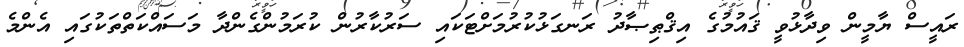
ރައީސް ޔާމީން ވިދާޅުވީ ޤައުމުގެ އިޤްޠިޞާދު ރަނގަޅުކުރުމަށްޓަކައި ސަރުކާރުން ކުރަމުންގެންދާ މަސައްކަތްތަކުގައި އެންމެ